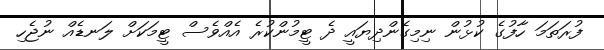
ފުރަތަމަ ހާފުގެ ކުޅުން ނިމިގެންދިޔައީ ދެ ޓީމުންކުރެ އެއްވެސް ޓީމަކަށް ލަނޑެއް ނުޖެހި